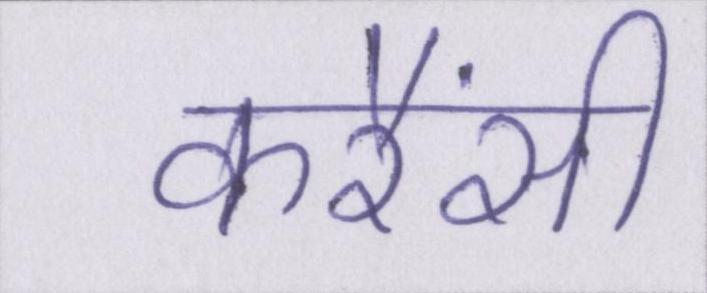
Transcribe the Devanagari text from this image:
करैंसी